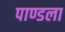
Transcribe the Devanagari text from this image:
पाण्डला